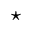
^ \star